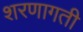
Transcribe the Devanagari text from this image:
शरणागती